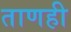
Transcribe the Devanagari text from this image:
ताणही